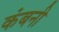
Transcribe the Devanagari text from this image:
कंबनी